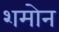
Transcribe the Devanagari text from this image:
शमोन